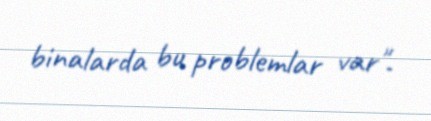
binalarda bu problemlar var".